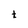
Character: t